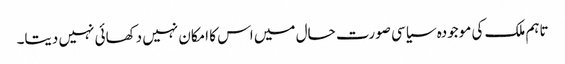
تاہم ملک کی موجودہ سیاسی صورت حال میں اس کا امکان نہیں دکھائی نہیں دیتا۔